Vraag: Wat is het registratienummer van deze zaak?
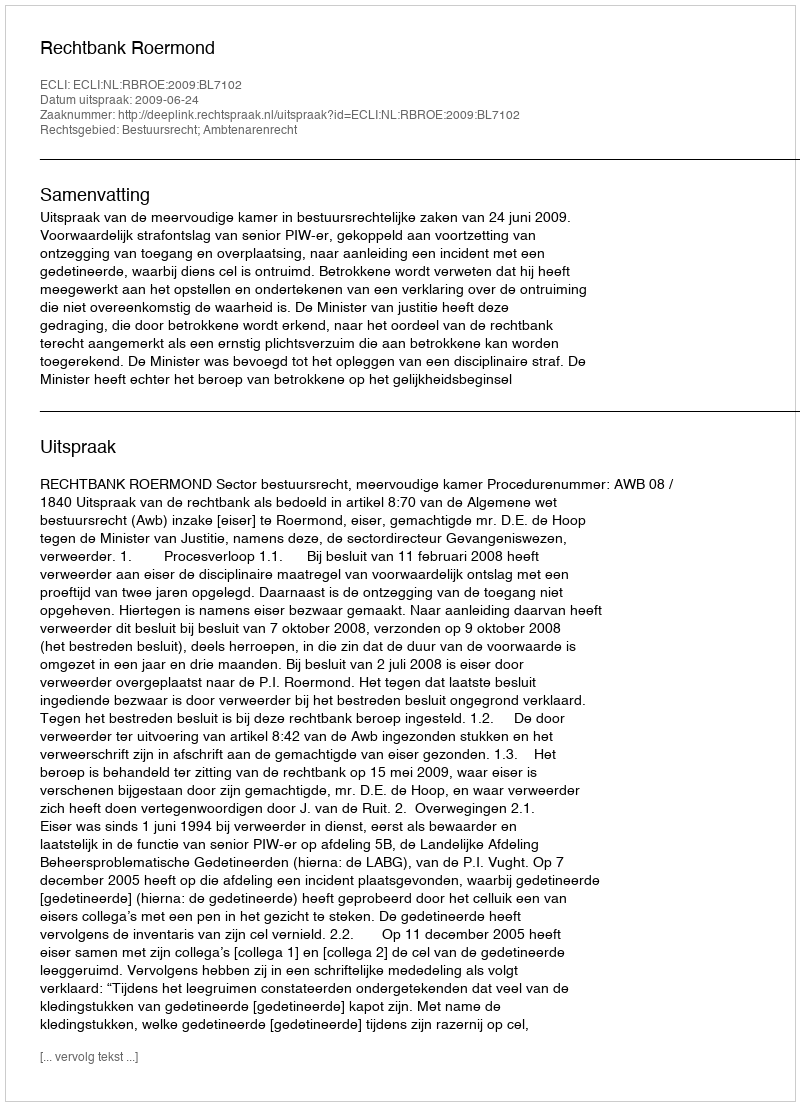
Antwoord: http://deeplink.rechtspraak.nl/uitspraak?id=ECLI:NL:RBROE:2009:BL7102